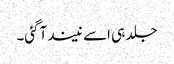
جلد ہی اسے نیند آگئی۔